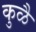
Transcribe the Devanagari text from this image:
कुळै